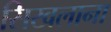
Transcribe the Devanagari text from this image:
सिखलाना